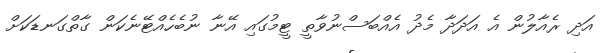
އަދި ރެއާލުން އެ އަދަދާ މެދު އެއްބަސްނުވާތީ ޓީމުގައި އޭނާ ނުބެހެއްޓޭނެކަން ގާތްގަނޑަކަށް